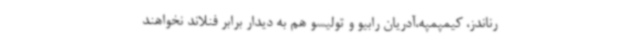
رناندز، کیمپمپه،آدریان رابیو و تولیسو هم به دیدار برابر فنلاند نخواهند